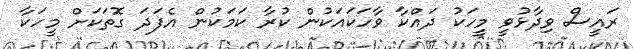
ރައީސް ވިދާޅުވީ މީހަކު ދައްކާ ވާހަކައަކުން ކުރާ ކަމަކުން އެފަދަ ގޮތަކަށް މީހަކާ